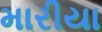
મારીયા